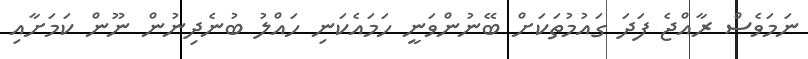
ނަމަވެސް ރާއްޖެ ފަދަ ގައުމުތަކަށް ބޭނުންވަނީ ހަމައެކަނި ހައްލު ބުނެދިނުން ނޫން ކަމަށާއި